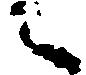
へ